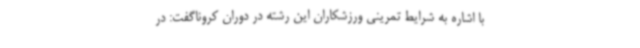
با اشاره به شرایط تمرینی ورزشکاران این رشته در دوران کروناگفت: در